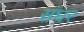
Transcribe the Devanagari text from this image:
संघर